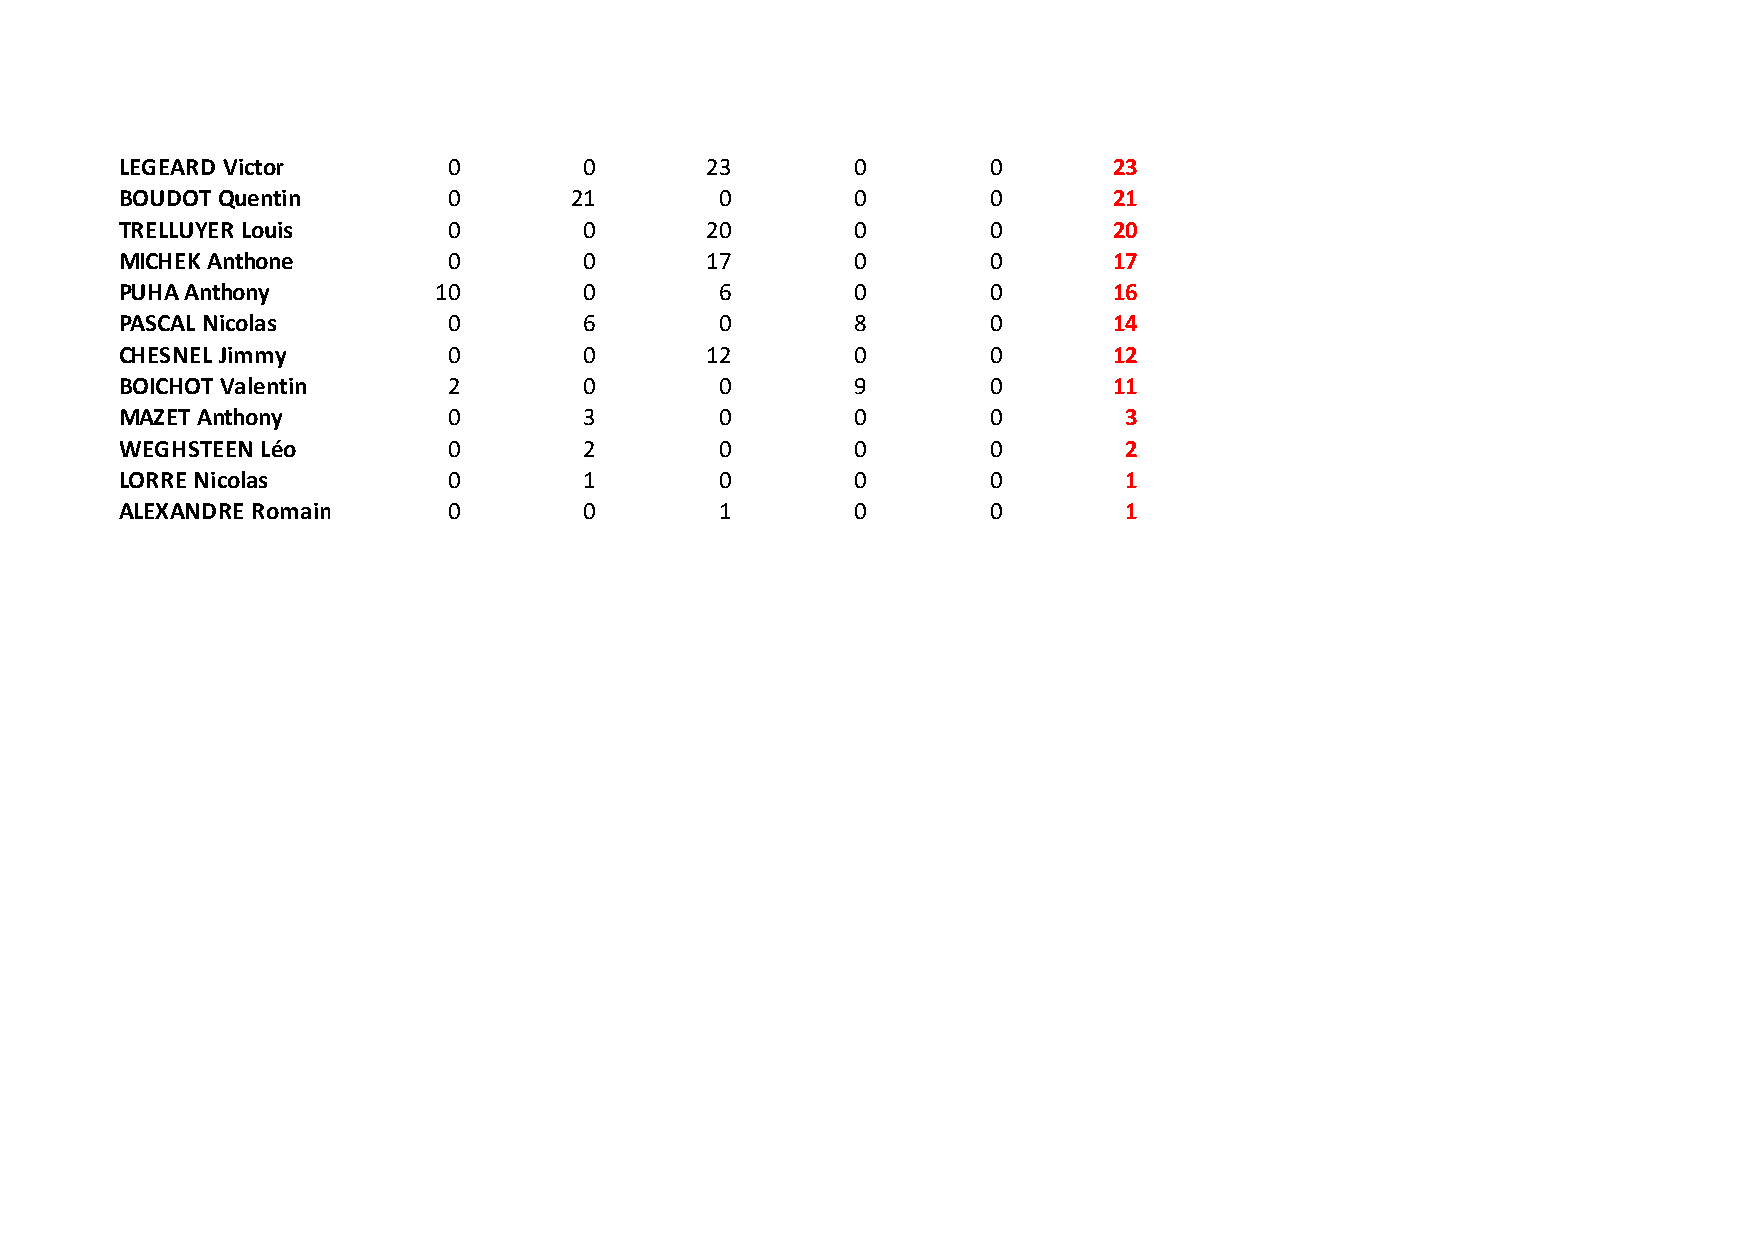
LEGEARD Victor        0        0       23        0        0       23
 BOUDOT Quentin        0       21        0        0        0       21
 TRELLUYER Louis       0        0       20        0        0       20
 MICHEK Anthone        0        0       17        0        0       17
 PUHA Anthony         10        0        6        0        0       16
 PASCAL Nicolas        0        6        0        8        0       14
 CHESNEL Jimmy         0        0       12        0        0       12
 BOICHOT Valentin      2        0        0        9        0       11
 MAZET Anthony         0        3        0        0        0       3
 WEGHSTEEN Léo         0        2        0        0        0       2
 LORRE Nicolas         0        1        0        0        0       1
 ALEXANDRE Romain      0        0        1        0        0       1